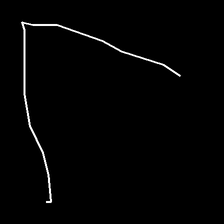
Glyph: region